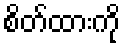
စိတ်ထားကို